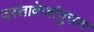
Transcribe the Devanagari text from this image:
दस्तावेजांनुसार